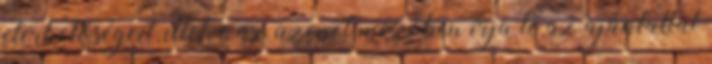
elérhetõségeit, illetve az üzenet mezõben írja le az ajánlattal